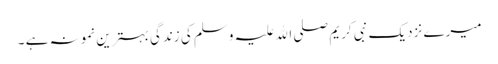
میرے نزدیک نبی کریم صلی اﷲ علیہ وسلم کی زندگی بہترین نمونہ ہے ۔